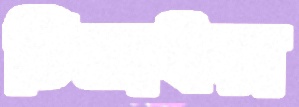
চিল্লাইয়া